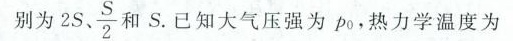
别为2 $$2S、 \frac{S}{2}$$ 和S。已知大气压强为po热力学温度为